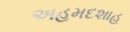
અહમદશાહ